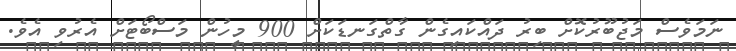
ނަމަވެސް މަޖުބޫރުކޮށް ބިރު ދައްކައިގެން ގާތްގަނޑަކަށް 900 މީހުން މަސްބޯޓަށް އެރުވި އެވެ.